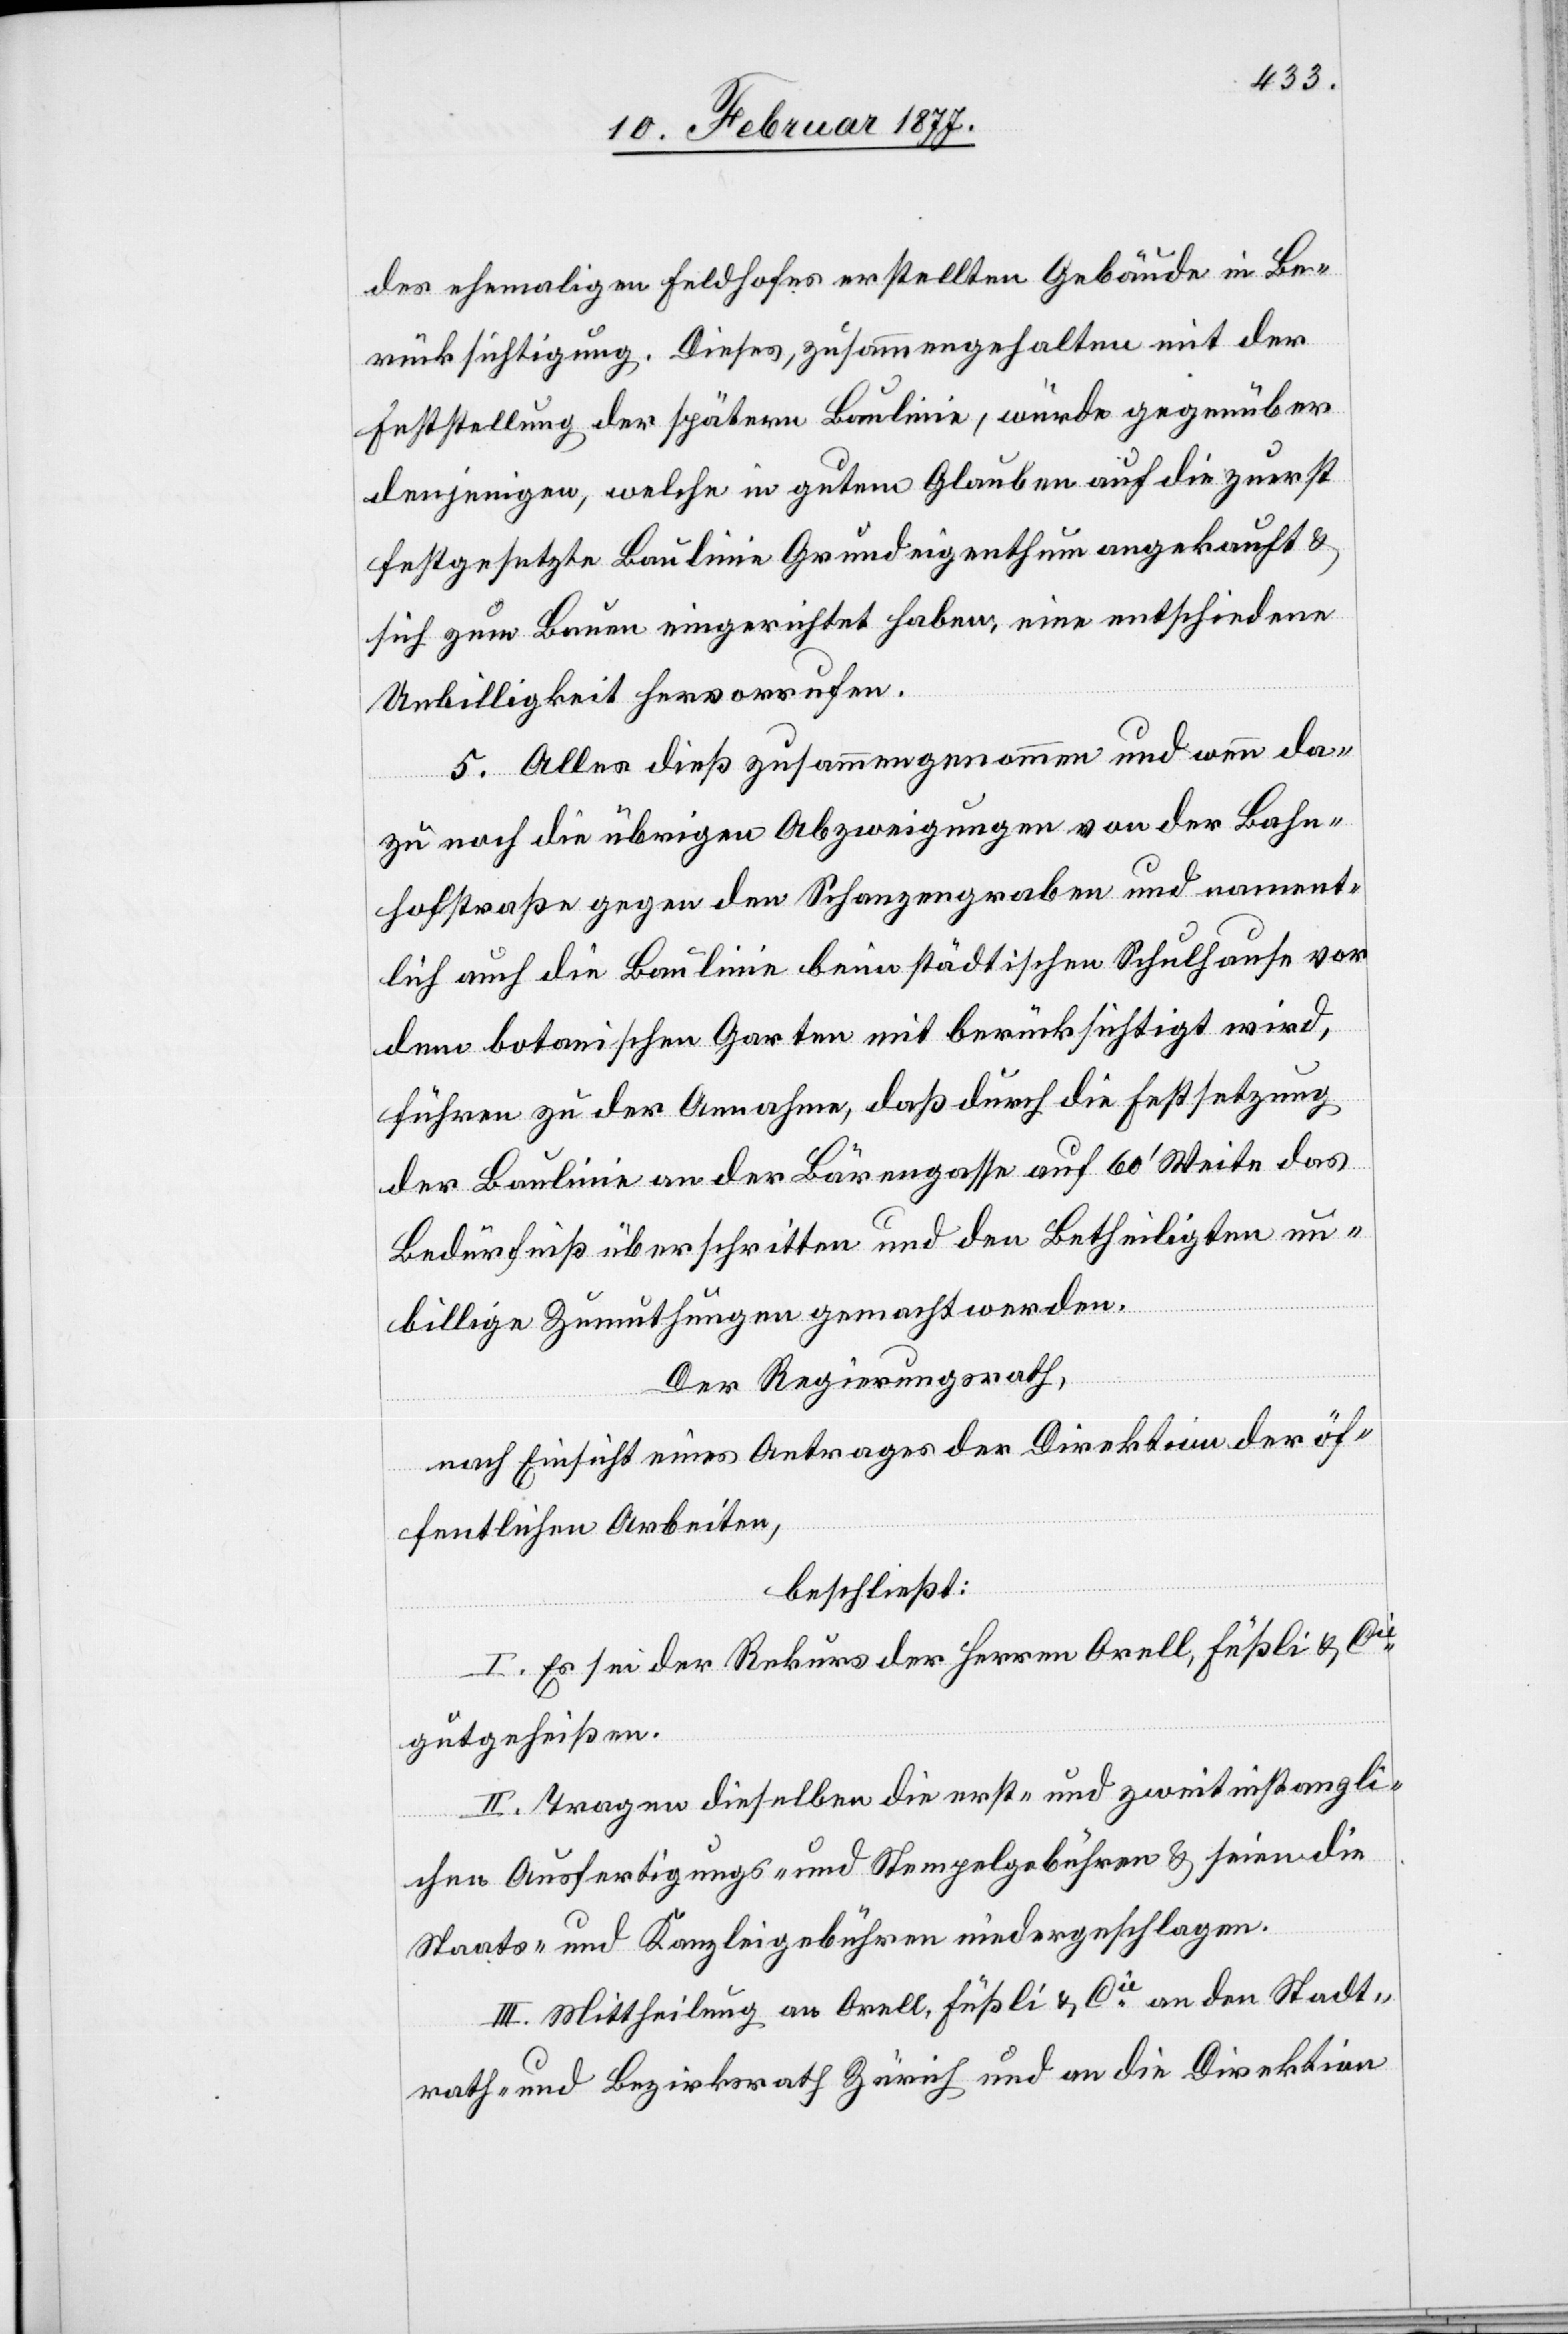
des ehemaligen Feldhofes erstellten Gebäude in Be¬
rücksichtigung. Dieses, zusammengehalten mit der
Feststellung der spätern Baulinie, würde gegenüber
denjenigen, welche in gutem Glauben auf die zuerst
festgesetzte Baulinie Grundeigenthum angekauft &
sich zum Bau eingerichtet haben, eine entschiedene
Unbilligkeit hervorrufen.
5. Alles dieß zusammengenommen und wenn da¬
zu noch die übrigen Abzweigungen von der Bahn¬
hofstraße gegen den Schanzengraben und nament¬
lich die Baulinie beim städtischen Schulhause vor
dem botanischen Garten mit berücksichtigt wird,
führen zu der Annahme, daß durch die Festsetzung
der Baulinie an der Bärengasse auf 60’ Weite das
Bedürfniß überschritten und den Betheiligten un¬
billige Zumuthungen gemacht werden.
Der Regierungsrath,
nach Einsicht eines Antrages der Direktion der öf¬
fentlichen Arbeiten,
beschließt:
I. Es sei der Rekurs der Herren Orell, Füßli & Cie
gutgeheißen.
II. Tragen dieselben die erst- und zweitinstanzli¬
chen Ausfertigungs- und Stempelgebühren & seien die
Staats- und Kanzleigebühren niedergeschlagen.
II. Mittheilung an Orell, Füßli & Cie an den Stadt¬
rath - und Bezirksrath Zürich und an die Direktion